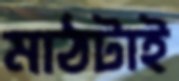
মাঠটাই